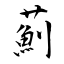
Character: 薊